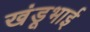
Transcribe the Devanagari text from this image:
खंडूभाई